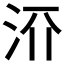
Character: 𬇝